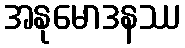
အနုမောဒနဿ